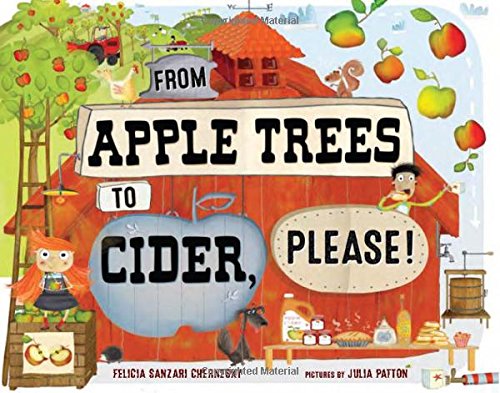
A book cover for From Apple Trees to Cider, Please!; Felicia Sanzari Chernesky; Children's Books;